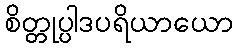
စိတ္တုပ္ပါဒပရိယာယော